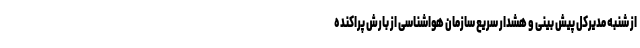
از شنبه مدیرکل پیش بینی و هشدار سریع سازمان هواشناسی از بارش پراکنده